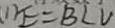
( 1 ) E = B L V